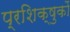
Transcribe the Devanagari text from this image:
प्रशिक्षुकों